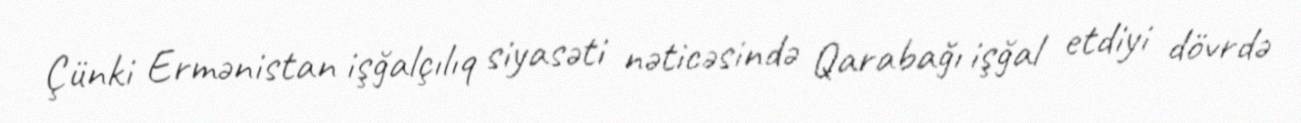
Çünki Ermənistan işğalçılıq siyasəti nəticəsində Qarabağı işğal etdiyi dövrdə